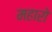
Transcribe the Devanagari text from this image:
महारो